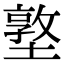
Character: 墪